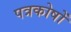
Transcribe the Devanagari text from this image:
पत्रकोषों